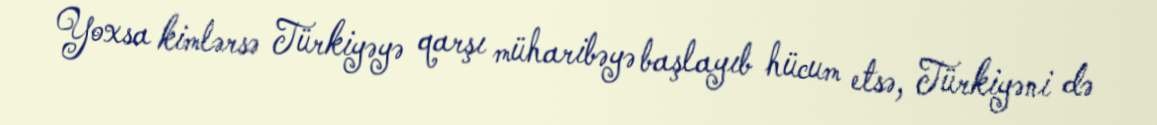
Yoxsa kimlərsə Türkiyəyə qarşı müharibəyə başlayıb hücum etsə, Türkiyəni də